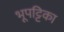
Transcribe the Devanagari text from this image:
भूपट्टिका